Civil Veterinary Department Bihar & Orissa reports 1922-29 - 1922-1929
Year: 1922
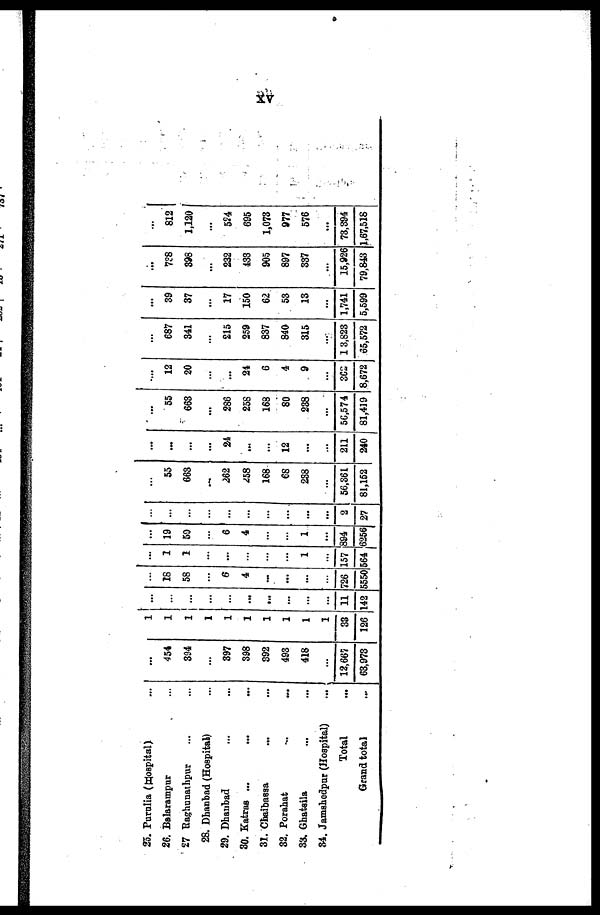
xv
25. Purulia (Hospital)
26. Balarampnr
27 Baghunathpur
28. Dbanbad (Hospital)
29. Dhanbad
30. Katraa ...
31. Chaibussa
...
32. Porahat
33. Ghatsila
34. Jamshedpur (Hospital)
Total
Grand total
...
...
...
...
...
...
...
...
...
...
...
454
394
...
397
398
392
493
418
...
12,667
63,973
...
...
1
...
...
...
...
...
...
...
33
126
...
...
...
...
...
...
...
...
...
...
11
142
...
18
58
...
6
4
...
...
...
...
726
5550
...
1
1
...
...
...
...
...
1
...
157
...
19
59
...
6
4
...
...
1
...
894
564 [6256
...
...
...
...
...
...
...
...
...
...
2
27
...
55
663
...
262
258
168
68
238
...
56,361
81,152
...
...
...
...
24
...
...
12
...
...
211
240
...
55
663
...
286
258
168
80
238
...
56,574
81,419
....
12
20
...
...
21
6
4
9
...
362
8,672
687
341
215
259
837
840
315
...
1 3,823
65,572
...
39
37
...
17
150
62
53
13
...
1,741
5,599
...
7?8
398
...
232
433
905
897
337
...
15,926
79,843
...
812
1,120
...
524
695
1,073
977
576
...
73,394
1,67,518